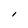
Character: I